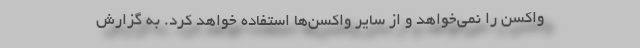
واکسن را نمی‌خواهد و از سایر واکسن‌ها استفاده خواهد کرد. به گزارش